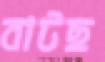
বাটছ